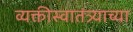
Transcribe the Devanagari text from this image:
व्यक्तीस्वातंत्र्याच्या